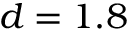
d = 1 . 8